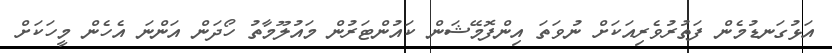
އަޅުގަނޑުމެން ފަތުރުވެރިއަކަށް ނުވަތަ އިންފޮމޭޝަން ކައުންޓަރުން މައުލޫމާތު ހޯދަން އަންނަ އެހެން މީހަކަށް